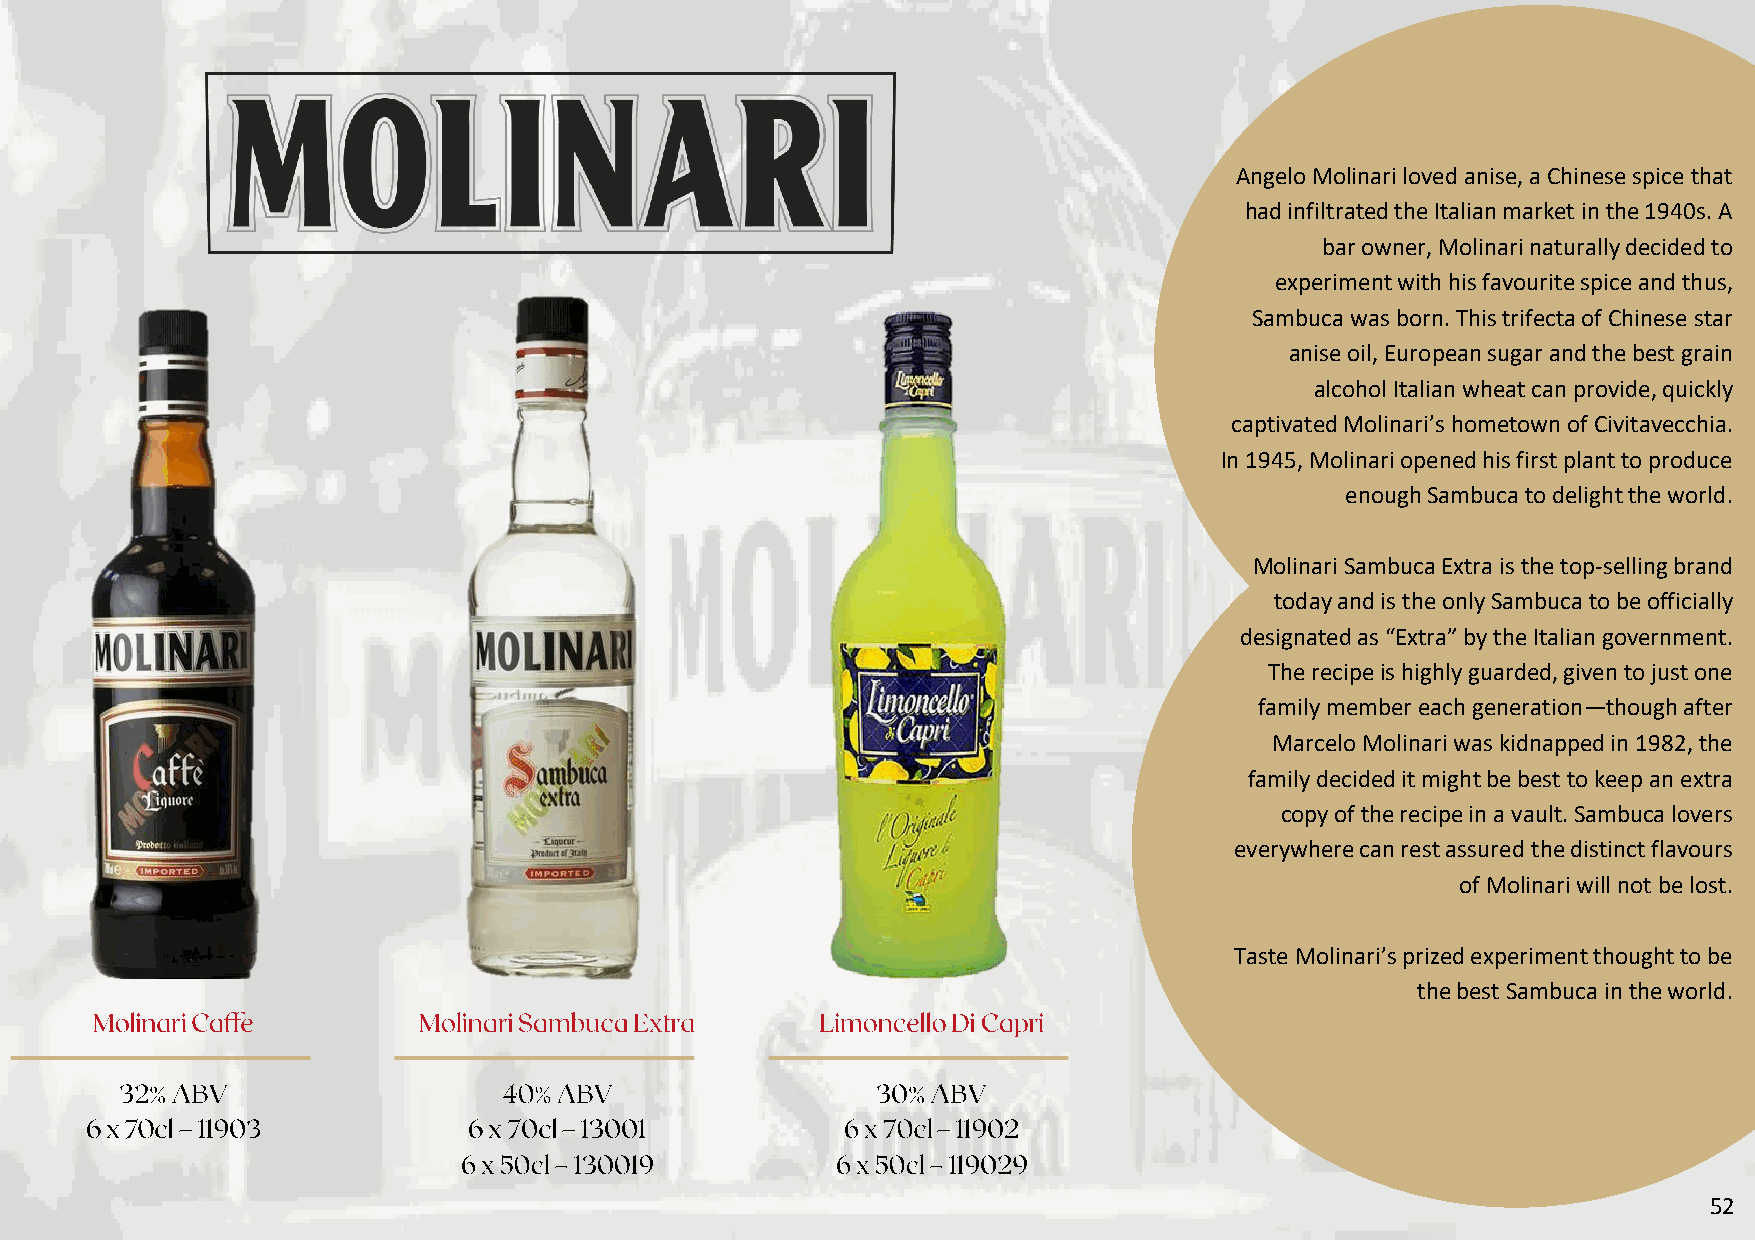
Angelo Molinari loved anise, a Chinese spice that
 had infiltrated the Italian market in the 1940s. A
 bar owner, Molinari naturally decided to
 experiment with his favourite spice and thus,
 Sambuca was born. This trifecta of Chinese star
 anise oil, European sugar and the best grain
 alcohol Italian wheat can provide, quickly
 captivated Molinari’s hometown of Civitavecchia.
 In 1945, Molinari opened his first plant to produce
 enough Sambuca to delight the world.
 Molinari Sambuca Extra is the top-selling brand
 today and is the only Sambuca to be officially
 designated as “Extra” by the Italian government.
 The recipe is highly guarded, given to just one
 family member each generation—though after
 Marcelo Molinari was kidnapped in 1982, the
 family decided it might be best to keep an extra
 copy of the recipe in a vault. Sambuca lovers
 everywhere can rest assured the distinct flavours
 of Molinari will not be lost.
 Taste Molinari’s prized experiment thought to be
 the best Sambuca in the world.
 52